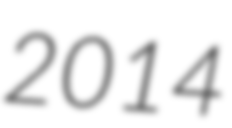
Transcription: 2014